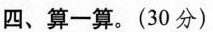
四、算一算。(30分)